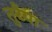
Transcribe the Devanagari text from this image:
तुरैया